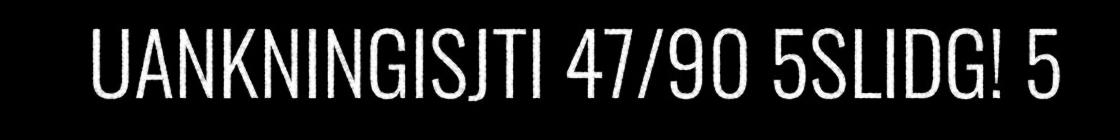
UANKNINGISJTI 47/90 5SLIDG! 5